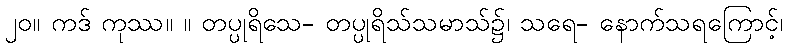
၂၀။ ကဒ် ကုဿ။ ။ တပ္ပုရိသေ- တပ္ပုရိသ်သမာသ်၌၊ သရေ- နောက်သရကြောင့်၊